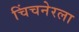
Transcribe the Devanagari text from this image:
चिंचनेरला